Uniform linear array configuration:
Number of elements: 24
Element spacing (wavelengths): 0.75
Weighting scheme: hamming
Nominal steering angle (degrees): -15
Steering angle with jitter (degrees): -14.34
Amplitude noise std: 0.05
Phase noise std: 0.05

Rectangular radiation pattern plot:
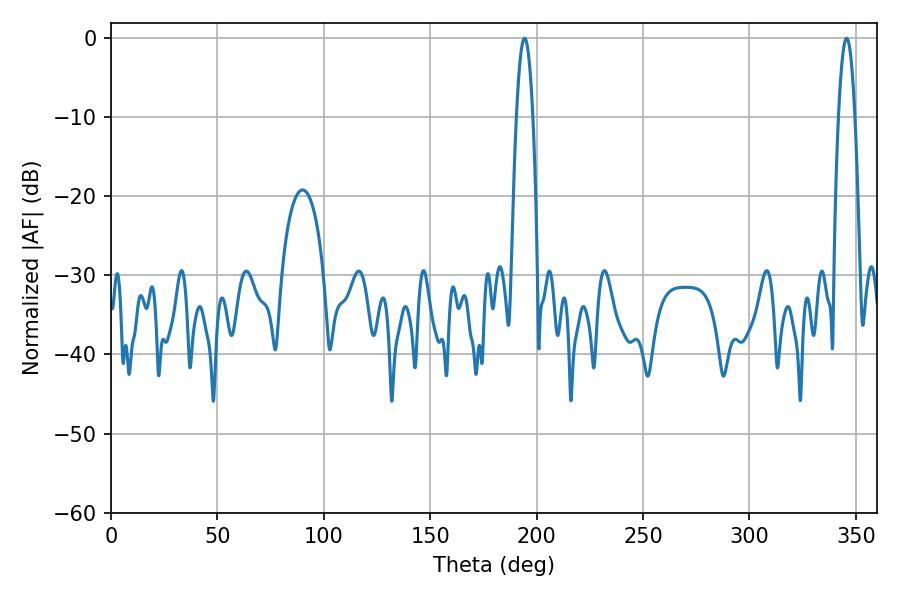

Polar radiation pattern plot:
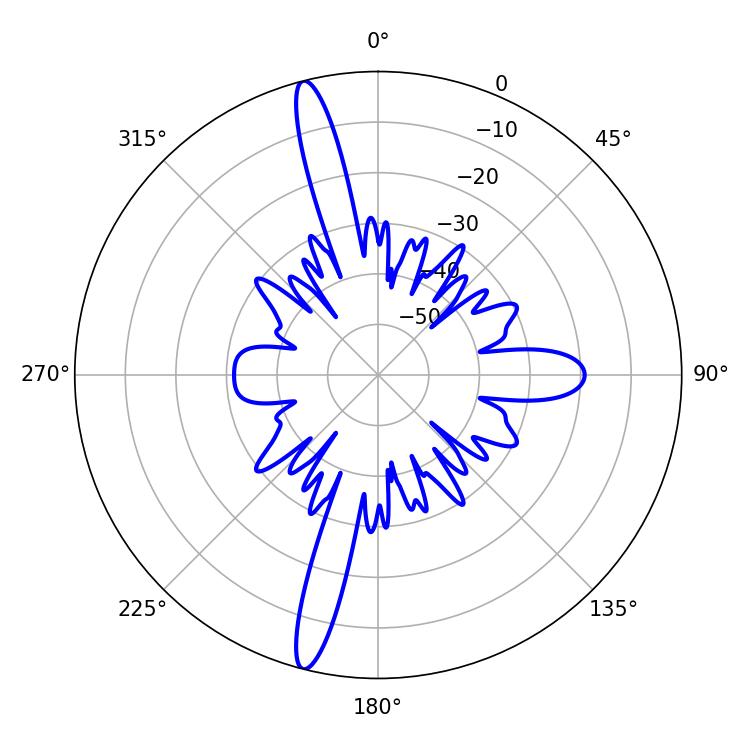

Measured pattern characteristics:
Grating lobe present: TRUE
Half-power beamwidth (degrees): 4.14
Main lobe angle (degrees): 345.6